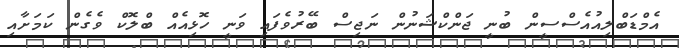
އެމްޑަބްލިއުއެސްސީން ބުނީ ޖަންކްޝަނުން ނަޖިސް ބޭރުވެފައި ވަނީ ހޮޅިއެއް ބްލޮކް ވެގެން ކަމަށާއި